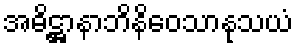
အဓိဋ္ဌာနာဘိနိဝေသာနုသယံ